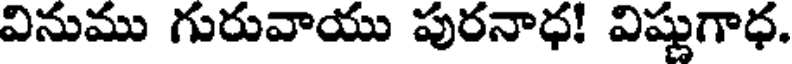
వినుము గురువాయు పురనాధ! విష్ణుగాధ.